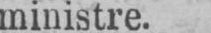
ministre.